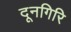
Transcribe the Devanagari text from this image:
दूनगिरि